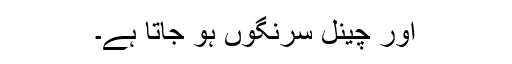
اور چینل سرنگوں ہو جاتا ہے۔